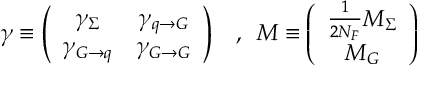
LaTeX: \gamma \equiv \left( \begin{array} { c c } { { \gamma _ { \Sigma } } } & { { \gamma _ { q \to G } } } \\ { { \gamma _ { G \to q } } } & { { \gamma _ { G \to G } } } \end{array} \right) \, \, \, \, \, , \, \, \, M \equiv \left( \begin{array} { c } { { \frac { 1 } { 2 N _ { F } } M _ { \Sigma } } } \\ { { M _ { G } } } \end{array} \right) \nonumber